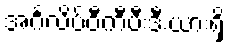
အင်္ဂလိပ်ဝီကီပီးဒီးယားရှိ